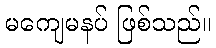
မကျေမနပ် ဖြစ်သည်။